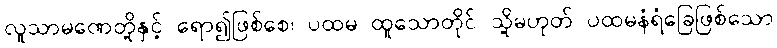
လူသာမဏေတို့နှင့် ရော၍ဖြစ်စေ၊ ပထမ ထူသောတိုင် သို့မဟုတ် ပထမနံရံခြေဖြစ်သော